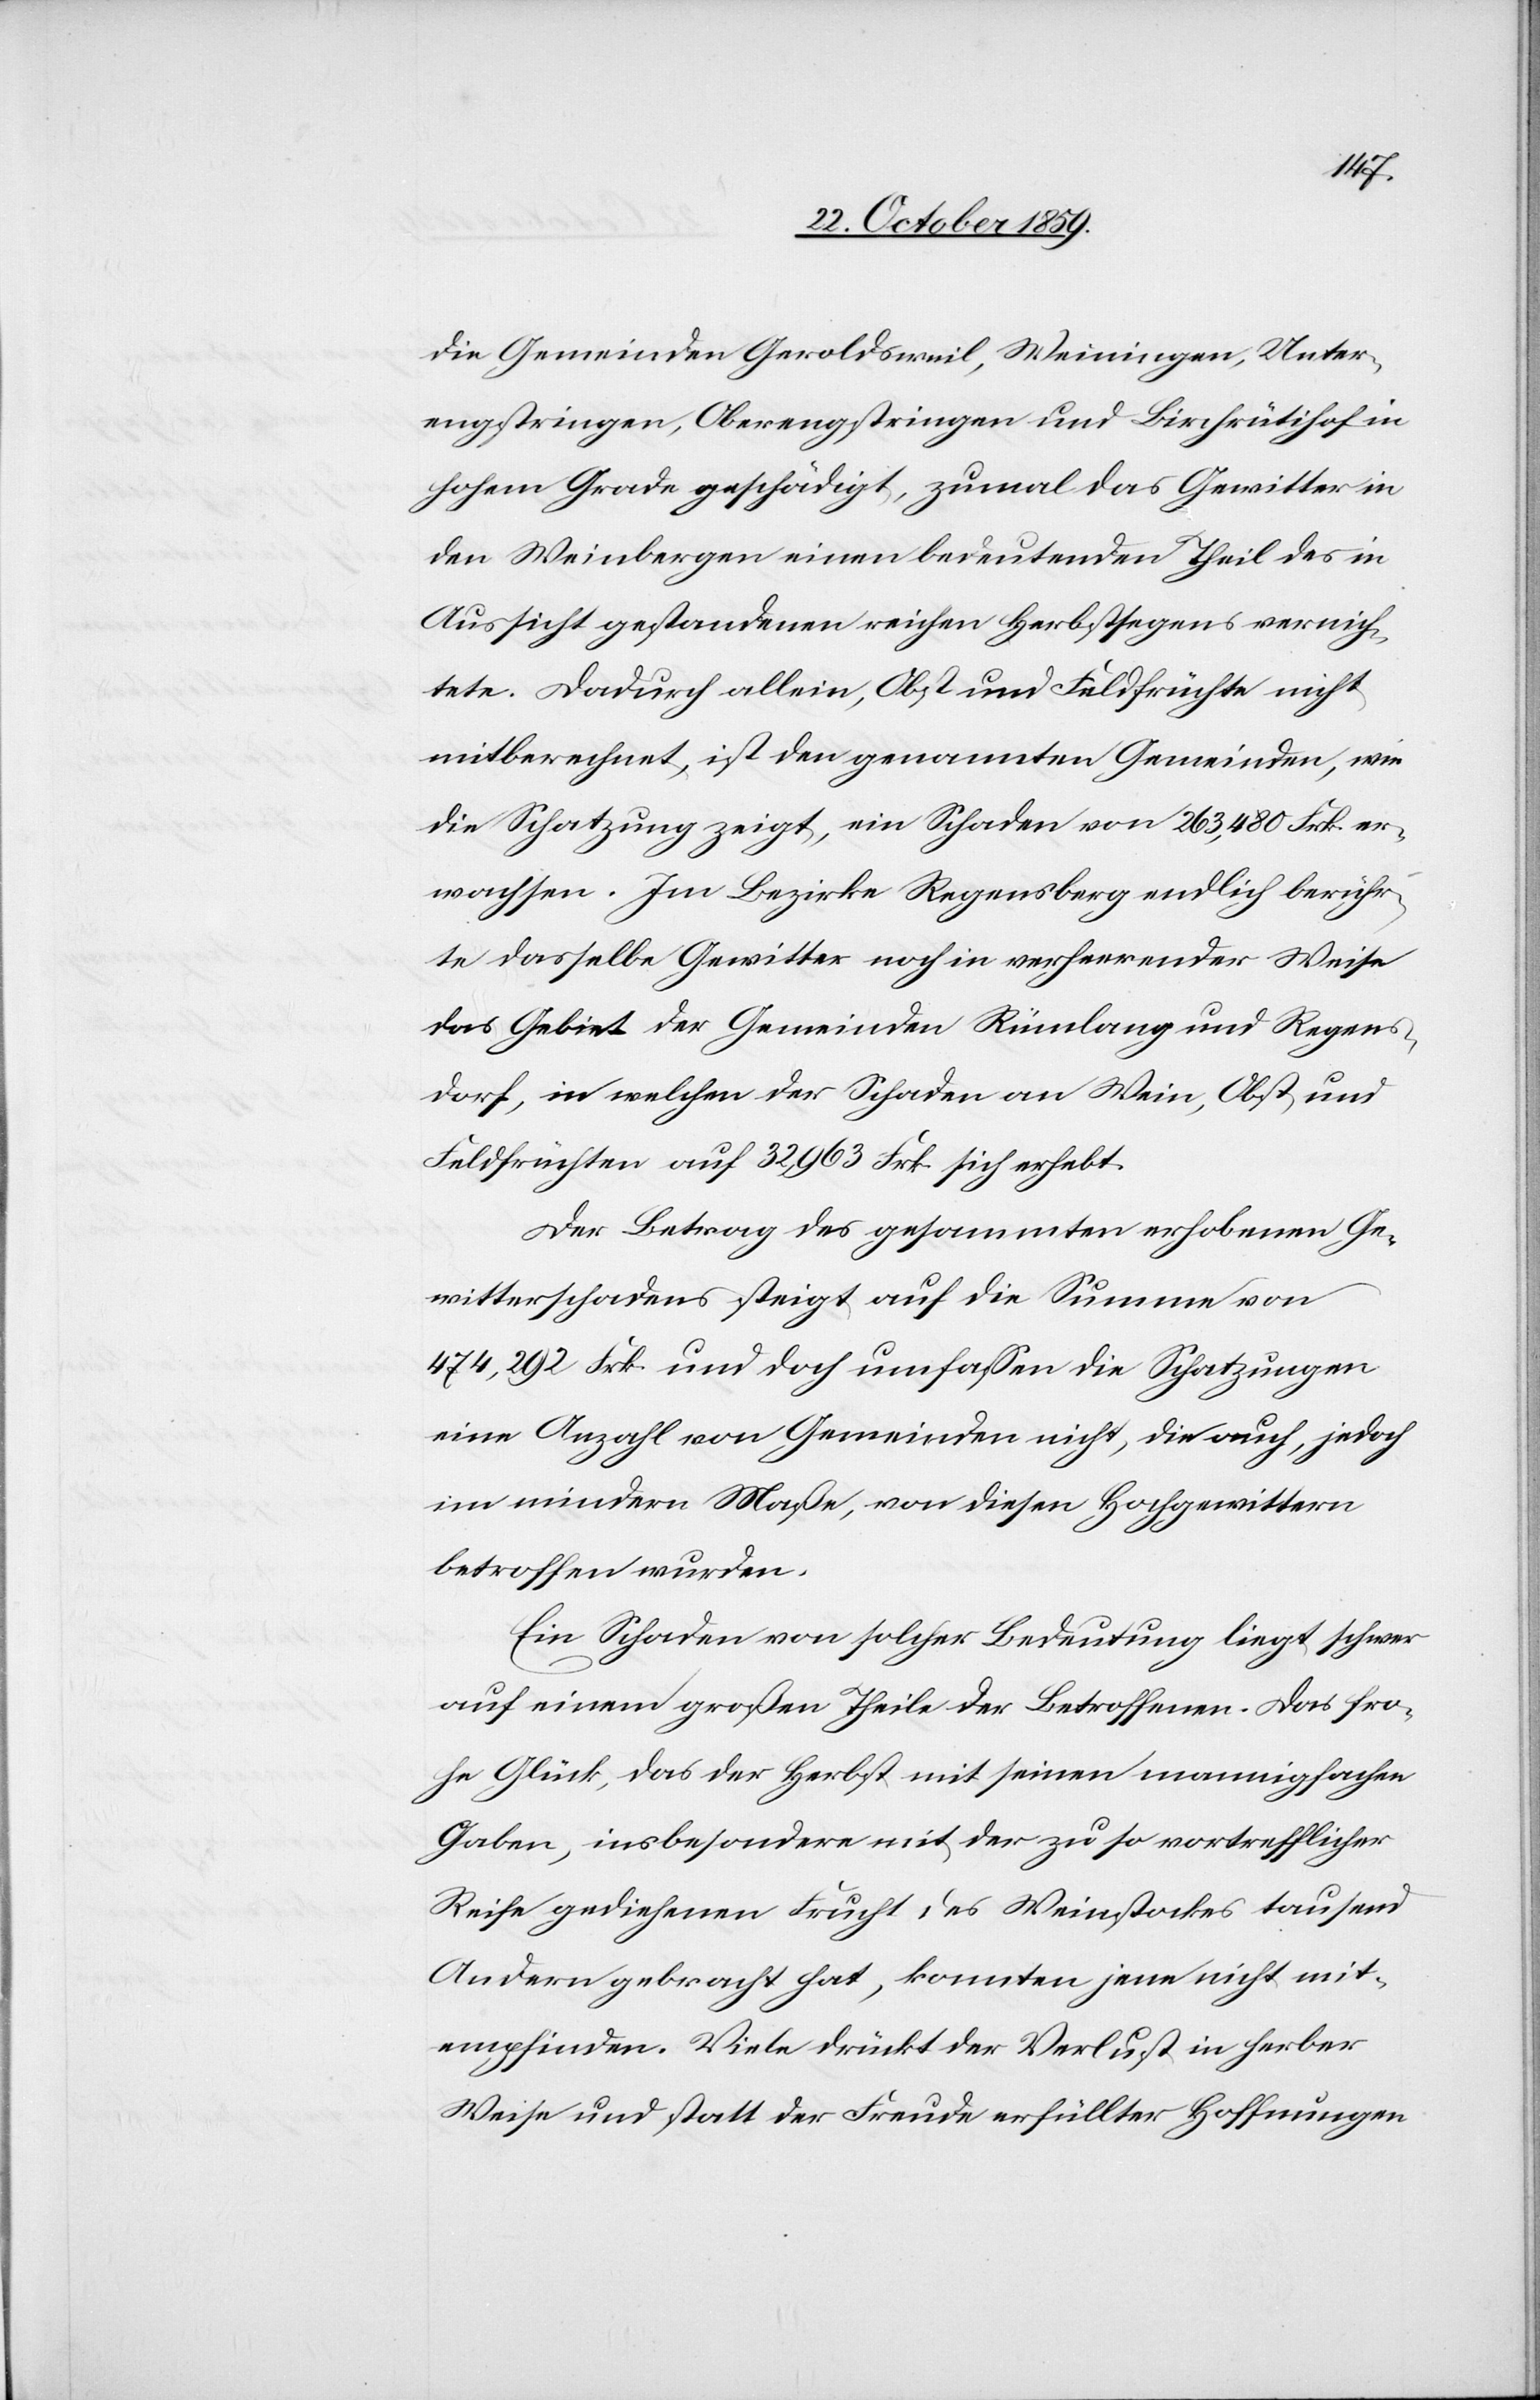
die Gemeinden Geroldsweil, Weiningen, Unter¬
engstringen, Oberengstringen und Birchrütihof in
hohem Grade geschädigt, zumal das Gewitter in
den Weinbergen einen bedeutenden Theil des in
Aussicht gestandenen reichen Herbstsegens vernich¬
tete. Dadurch allein, Obst und Feldfrüchte nicht
mitberechnet, ist den genannten Gemeinden, wie
die Schatzung zeigt, ein Schaden von 263,480 Frk. er¬
wachsen. Im Bezirke Regensberg endlich berühr¬
te dasselbe Gewitter noch in verheerender Weise
das Gebiet der Gemeinden Rümlang und Regens¬
dorf, in welchen der Schaden an Wein, Obst und
Feldfrüchten auf 32,963 Frk. sich erhebt.
Der Betrag des gesammten erhobenen Ge¬
witterschadens steigt auf die Summe von
474,292 Frk. und doch umfassen die Schatzungen
eine Anzahl von Gemeinden nicht, die auch, jedoch
im mindern Maße, von diesen Hochgewittern
betroffen wurden.
Ein Schaden von solcher Bedeutung liegt schwer
auf einem großen Theile der Betroffenen. Das fro¬
he Glück, das der Herbst mit seinen mannigfachen
Gaben, insbesondere mit der zu so vortrefflicher
Reife gediehenen Frucht des Weinstockes tausend
Andern gebracht hat, konnten jene nicht mit¬
empfinden. Viele drückt der Verlust in herber
Weise und statt der Freude erfüllter Hoffnungen